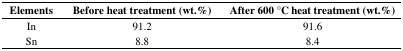
| Elements | Before heat treatment (wt.%) | After 600 °C heat treatment (wt.%) |
 | --- | --- | --- |
 | In | 91.2 | 91.6 |
 | Sn | 8.8 | 8.4 |